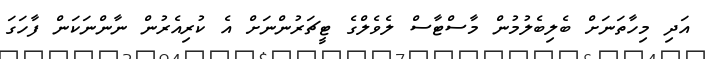
އަދި މިހާތަނަށް ބެލިބެލުމުން މާސްޓާސް ލެވެލްގެ ޓީޗަރުންނަށް އެ ކުރިއެރުން ނާންނަކަން ފާހަގަ